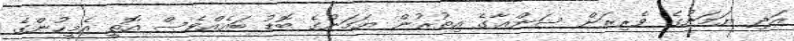
އަދި ޔަމަނުގެ ވެރިރަށް ސަންޢާގެ އިތުރުން ޔަމަނުގެ ބޮޑު ބައެއްވެސް އޮތީ އެމީހުންގެ